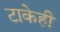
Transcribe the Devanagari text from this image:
टाकेही